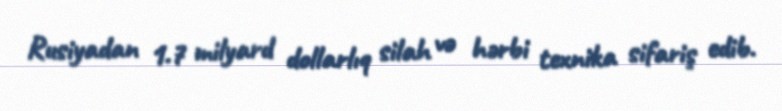
Rusiyadan 1.7 milyard dollarlıq silah və hərbi texnika sifariş edib.